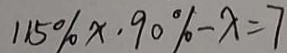
1 1 5 \% x \cdot 9 0 \% - x = 7